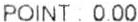
POINT : 0.00